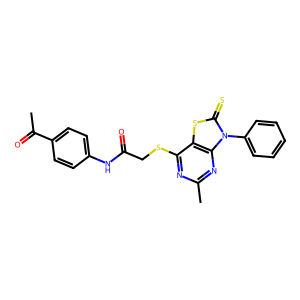
SMILES: CC(=O)c1ccc(NC(=O)CSc2nc(C)nc3c2sc(=S)n3-c2ccccc2)cc1
Inhibits HIV replication: No